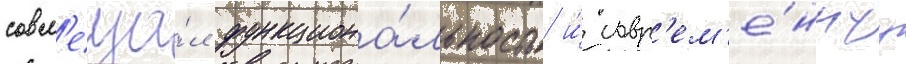
совм'еща́л функциона́льность и́ совр'ем'е́ннуу